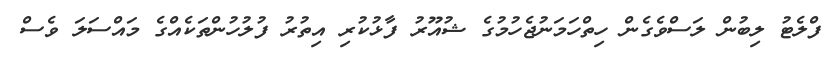
ފްލެޓު ލިބުން ލަސްވެގެން ހިތްހަމަނުޖެހުމުގެ ޝުއޫރު ފާޅުކުރި އިތުރު ފުލުހުންތަކެއްގެ މައްސަލަ ވެސް